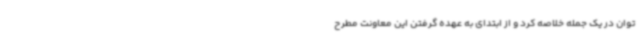
توان در یک جمله خلاصه کرد و از ابتدای به عهده گرفتن این معاونت مطرح